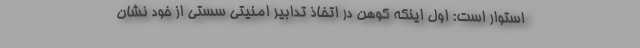
استوار است: اول اینکه کوهن در اتخاذ تدابیر امنیتی سستی از خود نشان